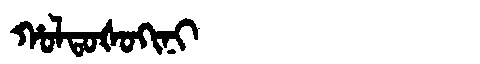
Manchu: ᡥᠣᠯᡨᠣᡧᠣᡴᡳᠨᡳ
Romanization: HOLTOŠOKINI